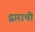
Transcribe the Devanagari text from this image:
द्वाराची